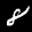
Label: 8